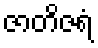
ဇာတိဇရံ